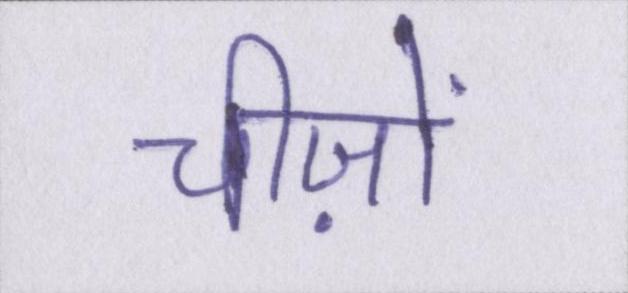
चीज़ों